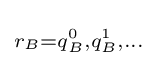
\scriptstyle r_{B}=q_{B}^{0},q_{B}^{1},\dots